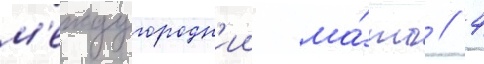
м'еждугородн'ии ма́тч // 4